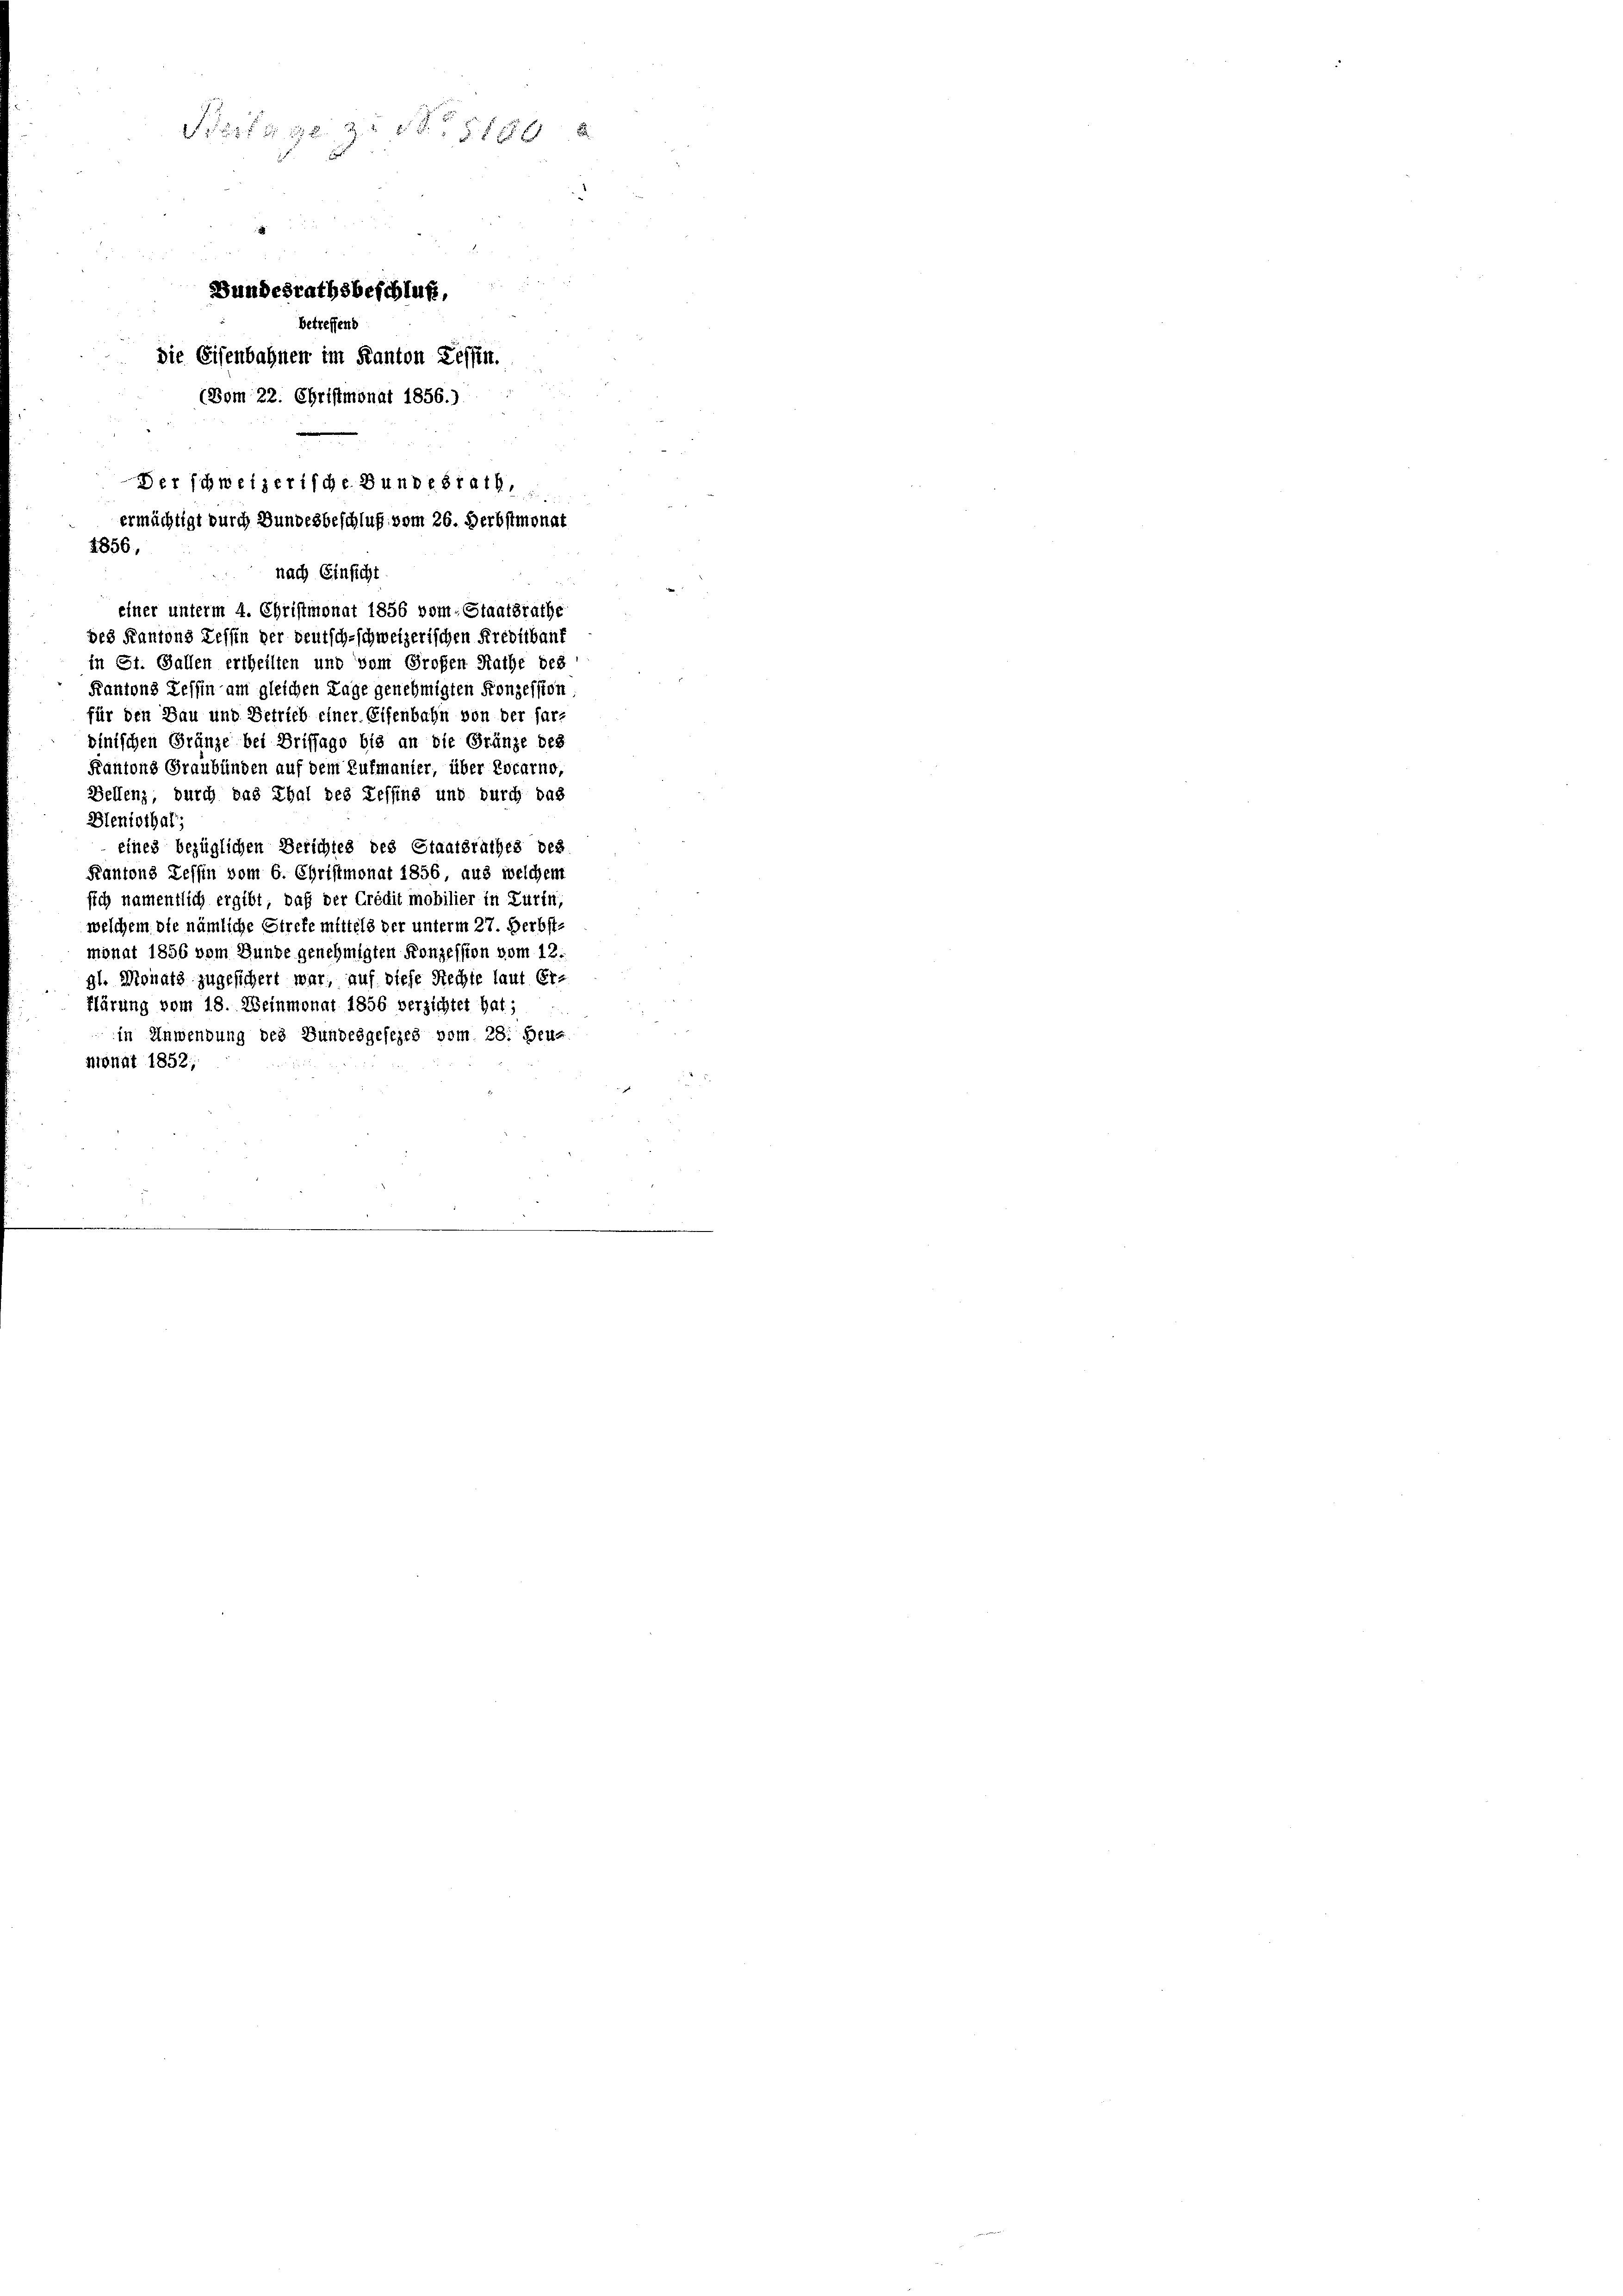
S 114 f 40 xx 8
i
.
Bundesrathsbeschluß,
betreffend
die Eisenbahnen im Kanton Tessin.
(Vom 22. Christmonat 1856.)
Der schweizerische Bundesrath,
ermächtigt durch Bundesbeschluß vom 26. Derbstmonat

einer unterm 4. Christmonat 1856 vom Staatsrathe
des Kantons Tessin der deutsch-schweizerischen Freditkauf
in St. Gallen ertheilten und vom Großen Rathe des
Kantons Tessin am gleichen Lage genehmigten Konzession
für den Bau und Betrieb einer Eisenbahn von der farz
vinischen Gränze bei Briffage bis an die Gränze des
Kantons Graubünden auf dem Zufmanier, über Locarno,
Bellenz, durch das Thal des Tessins und durch das
Bleniothal,
eines bezüglichen Berichtes des Staatsrathes des
Kantons Tessin vom 6. Christmonat 1856, aus welchem
sich namentlich ergibt, daß der Credit mobilier in Zurin,
welchem die nämliche Strefe mittels der unterm 27. Herbst-
monat 1856 vom Bunde genehmigten Konzession vom 12.
gl. Monats zugesichert war, auf diefe Rechte laut Er-
Klärung vom 18. Weinmonat 1856 verzichtet hat;
in Anwendung des Bundesgesezes vom 28. Beur
monat 1852,

1856,
nach Einsicht